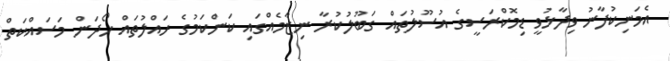
އެމަނިކުފާނު ވިދާޅުވީ ޑިމޮކްރަސީގެ އުސޫލުތައް ގަބޫލުކުރާ ނިޒާމެއްގައި ކަންކަމުގެ ހައްލުތައް ހޯދަން މަސައްކަތް